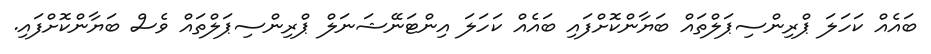
ބައެއް ކަހަލަ ޕްރިންސިޕަލްތައް ބަޔާންކޮށްފައި ބައެއް ކަހަލަ އިންޓަނޭޝަނަލް ޕްރިންސިޕަލްތައް ވެސް ބަޔާންކޮށްފައި.